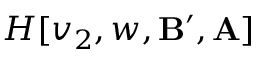
H [ v _ { 2 } , w , \mathbf { B } ^ { \prime } , \mathbf { A } ]